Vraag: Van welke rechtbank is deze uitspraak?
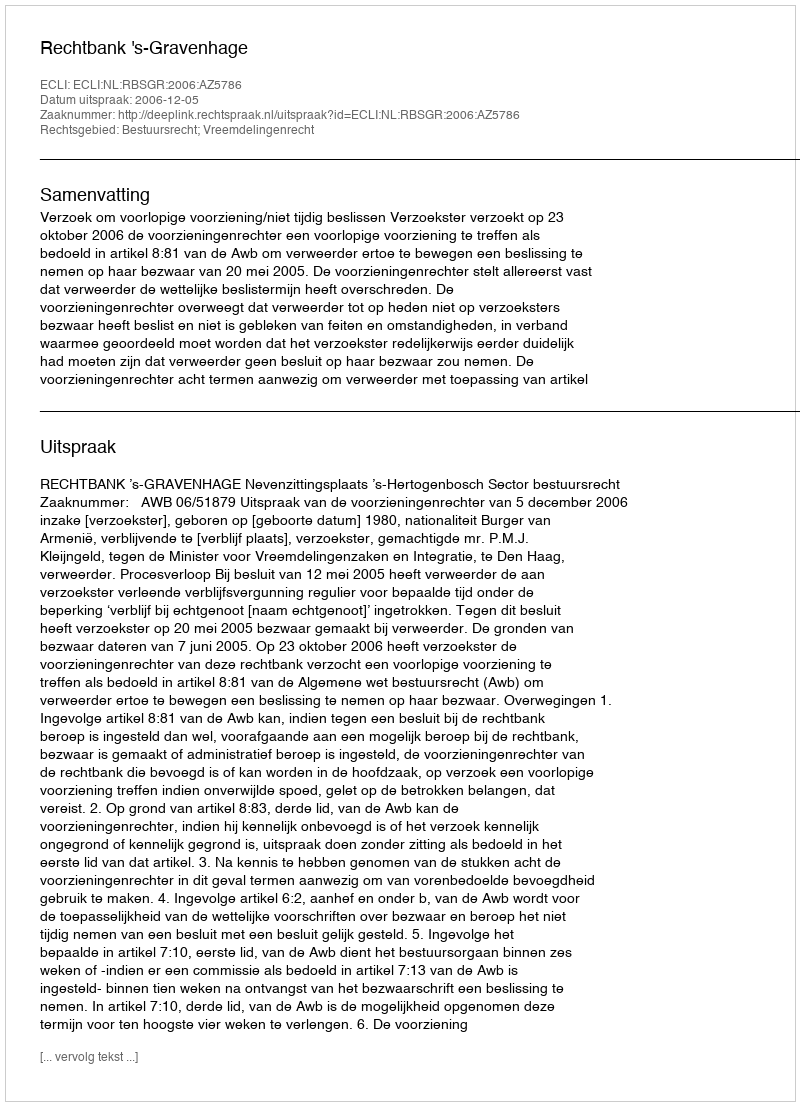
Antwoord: Rechtbank 's-Gravenhage